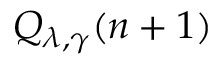
Q _ { \lambda , \gamma } ( n + 1 )